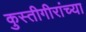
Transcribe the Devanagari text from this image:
कुस्तीगीरांच्या